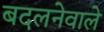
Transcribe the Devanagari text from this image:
बदलनेवाले